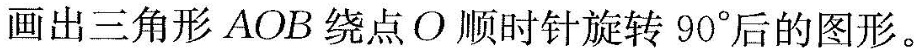
画出三角形AOB绕点O顺时针旋转90°后的图形。